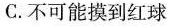
C.不可能摸到红球